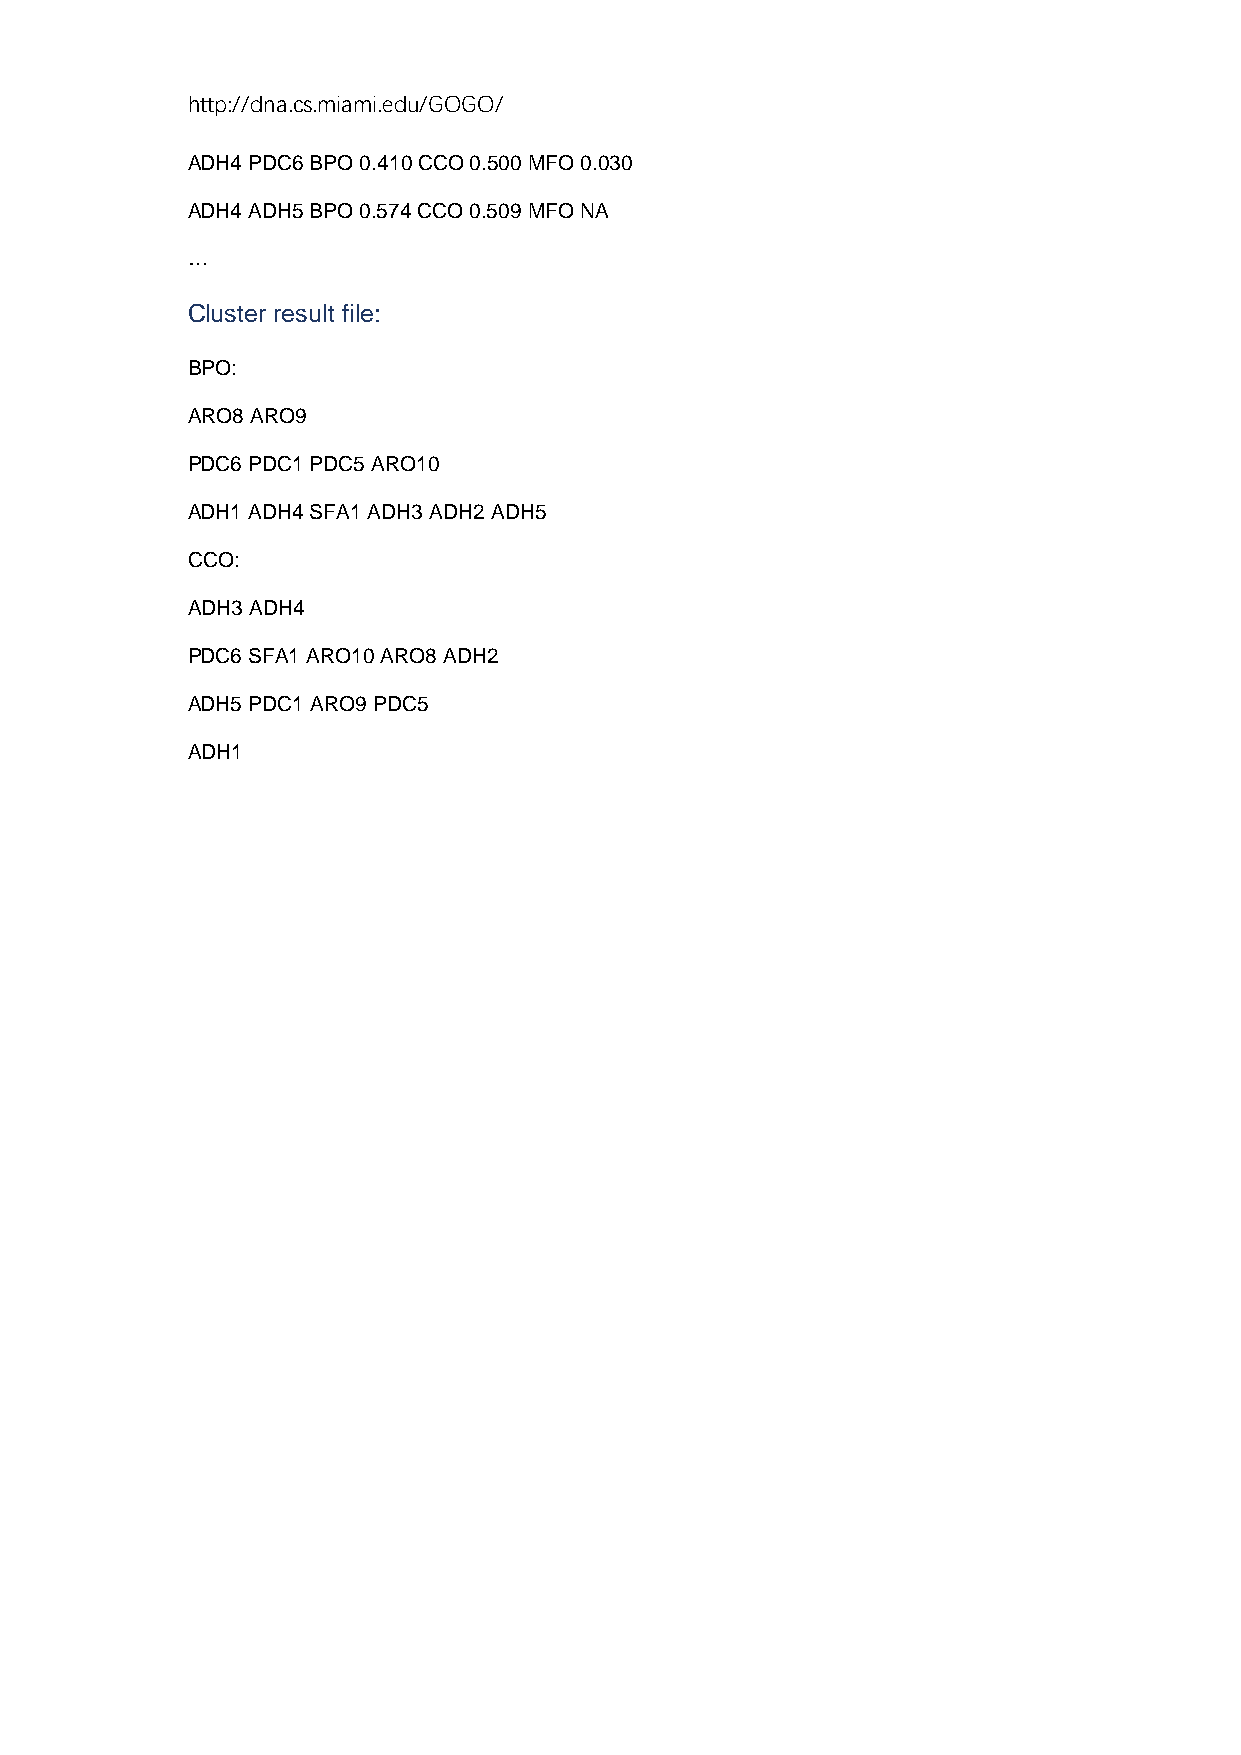
http://dna.cs.miami.edu/GOGO/
 ADH4 PDC6 BPO 0.410 CCO 0.500 MFO 0.030
 ADH4 ADH5 BPO 0.574 CCO 0.509 MFO NA
 …
 Cluster result file:
 BPO:
 ARO8 ARO9
 PDC6 PDC1 PDC5 ARO10
 ADH1 ADH4 SFA1 ADH3 ADH2 ADH5
 CCO:
 ADH3 ADH4
 PDC6 SFA1 ARO10 ARO8 ADH2
 ADH5 PDC1 ARO9 PDC5
 ADH1